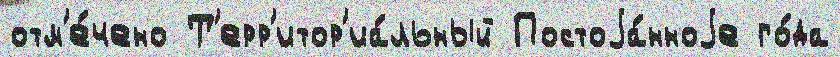
отм'е́чено Т'ерр'итор'иа́льный Постоjа́нноjе го́да